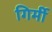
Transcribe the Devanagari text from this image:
गिर्मी